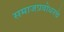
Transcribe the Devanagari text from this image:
समाजप्रबोधनचे